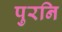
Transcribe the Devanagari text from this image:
पुरनि